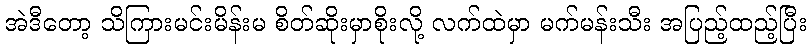
အဲဒီတော့ သိကြားမင်းမိန်းမ စိတ်ဆိုးမှာစိုးလို့ လက်ထဲမှာ မက်မန်းသီး အပြည့်ထည့်ပြီး